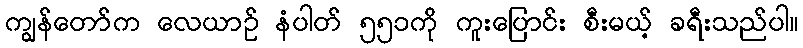
ကျွန်တော်က လေယာဉ် နံပါတ် ၅၅၁ကို ကူးပြောင်း စီးမယ့် ခရီးသည်ပါ။